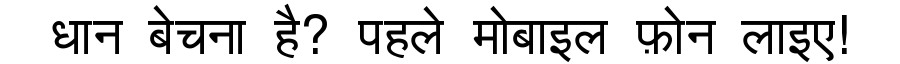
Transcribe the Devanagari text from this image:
धान बेचना है? पहले मोबाइल फ़ोन लाइए!